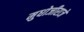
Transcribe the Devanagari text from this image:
मुधोजीराजे